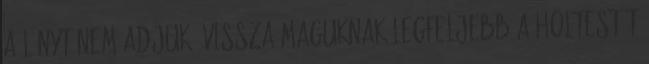
a lányt nem adjuk, vissza maguknak legfeljebb a holtestét